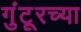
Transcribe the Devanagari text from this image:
गुंटूरच्या